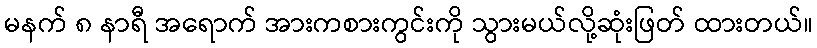
မနက် ၈ နာရီ အရောက် အားကစားကွင်းကို သွားမယ်လို့ဆုံးဖြတ် ထားတယ်။